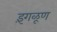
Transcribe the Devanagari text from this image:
इंगळूण